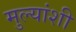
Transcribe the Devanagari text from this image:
मुल्यांशी